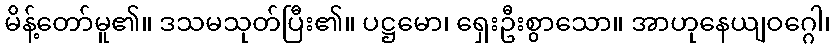
မိန့်တော်မူ၏။ ဒသမသုတ်ပြီး၏။ ပဋ္ဌမော၊ ရှေးဦးစွာသော။ အာဟုနေယျဝဂ္ဂေါ၊